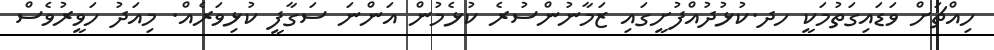
ހިއްޗަށް ވަޑައިގަތުމަކީ ހދ.ކުޅުދުއްފުށީގައި ޒަމާނުންސުރެ ކުޅެމުން އަންނަ ސަގާފީ ކުޅިވަރެއް. މިއަދު ހަވީރުވެސް